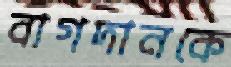
বাগদানকে